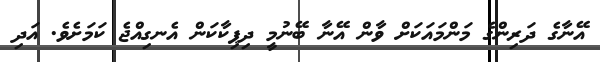
އޭނާގެ ދަރިންގެ މަންމައަކަށް ވާން އޭނާ ބޭނުމީ ދިޕިކާކަން އެނގިއްޖެ ކަމަށެވެ. އަދި